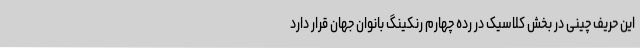
این حریف چینی در بخش کلاسیک در رده چهارم رنکینگ بانوان جهان قرار دارد